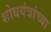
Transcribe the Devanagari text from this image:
शोधयंत्रांच्या